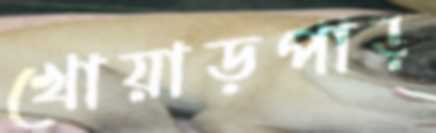
খোয়াড়পাড়